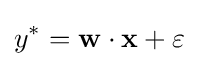
y^{*}=\mathbf {w} \cdot \mathbf {x} +\varepsilon